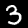
Label: 3